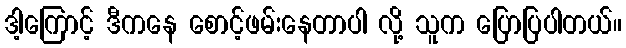
ဒါ့ကြောင့် ဒီကနေ စောင့်ဖမ်းနေတာပါ လို့ သူက ပြောပြပါတယ်။